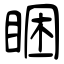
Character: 睏